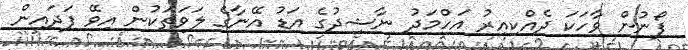
ފޯނުން ވާހަކަ ދެއްކިއިރު އަހްމަދު ނާޝިދުގެ އަޑު އޭނާގެ ލަވަތަކުން އިވޭ ފަދައިން